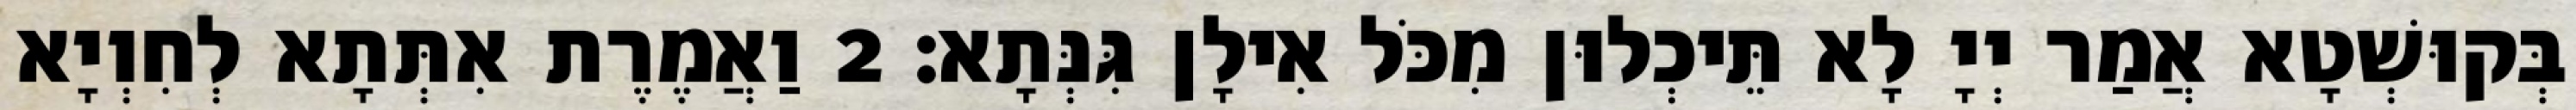
בְּקוּשְׁטָא אֲמַר יְיָ לָא תֵּיכְלוּן מִכֹּל אִילָן גִּנְּתָא׃ 2 וַאֲמֶרֶת אִתְּתָא לְחִוְיָא